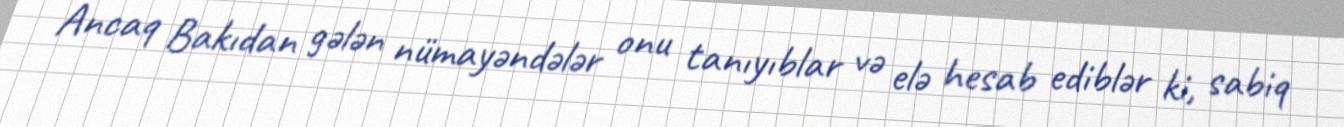
Ancaq Bakıdan gələn nümayəndələr onu tanıyıblar və elə hesab ediblər ki, sabiq